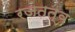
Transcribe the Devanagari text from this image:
रजतत्व